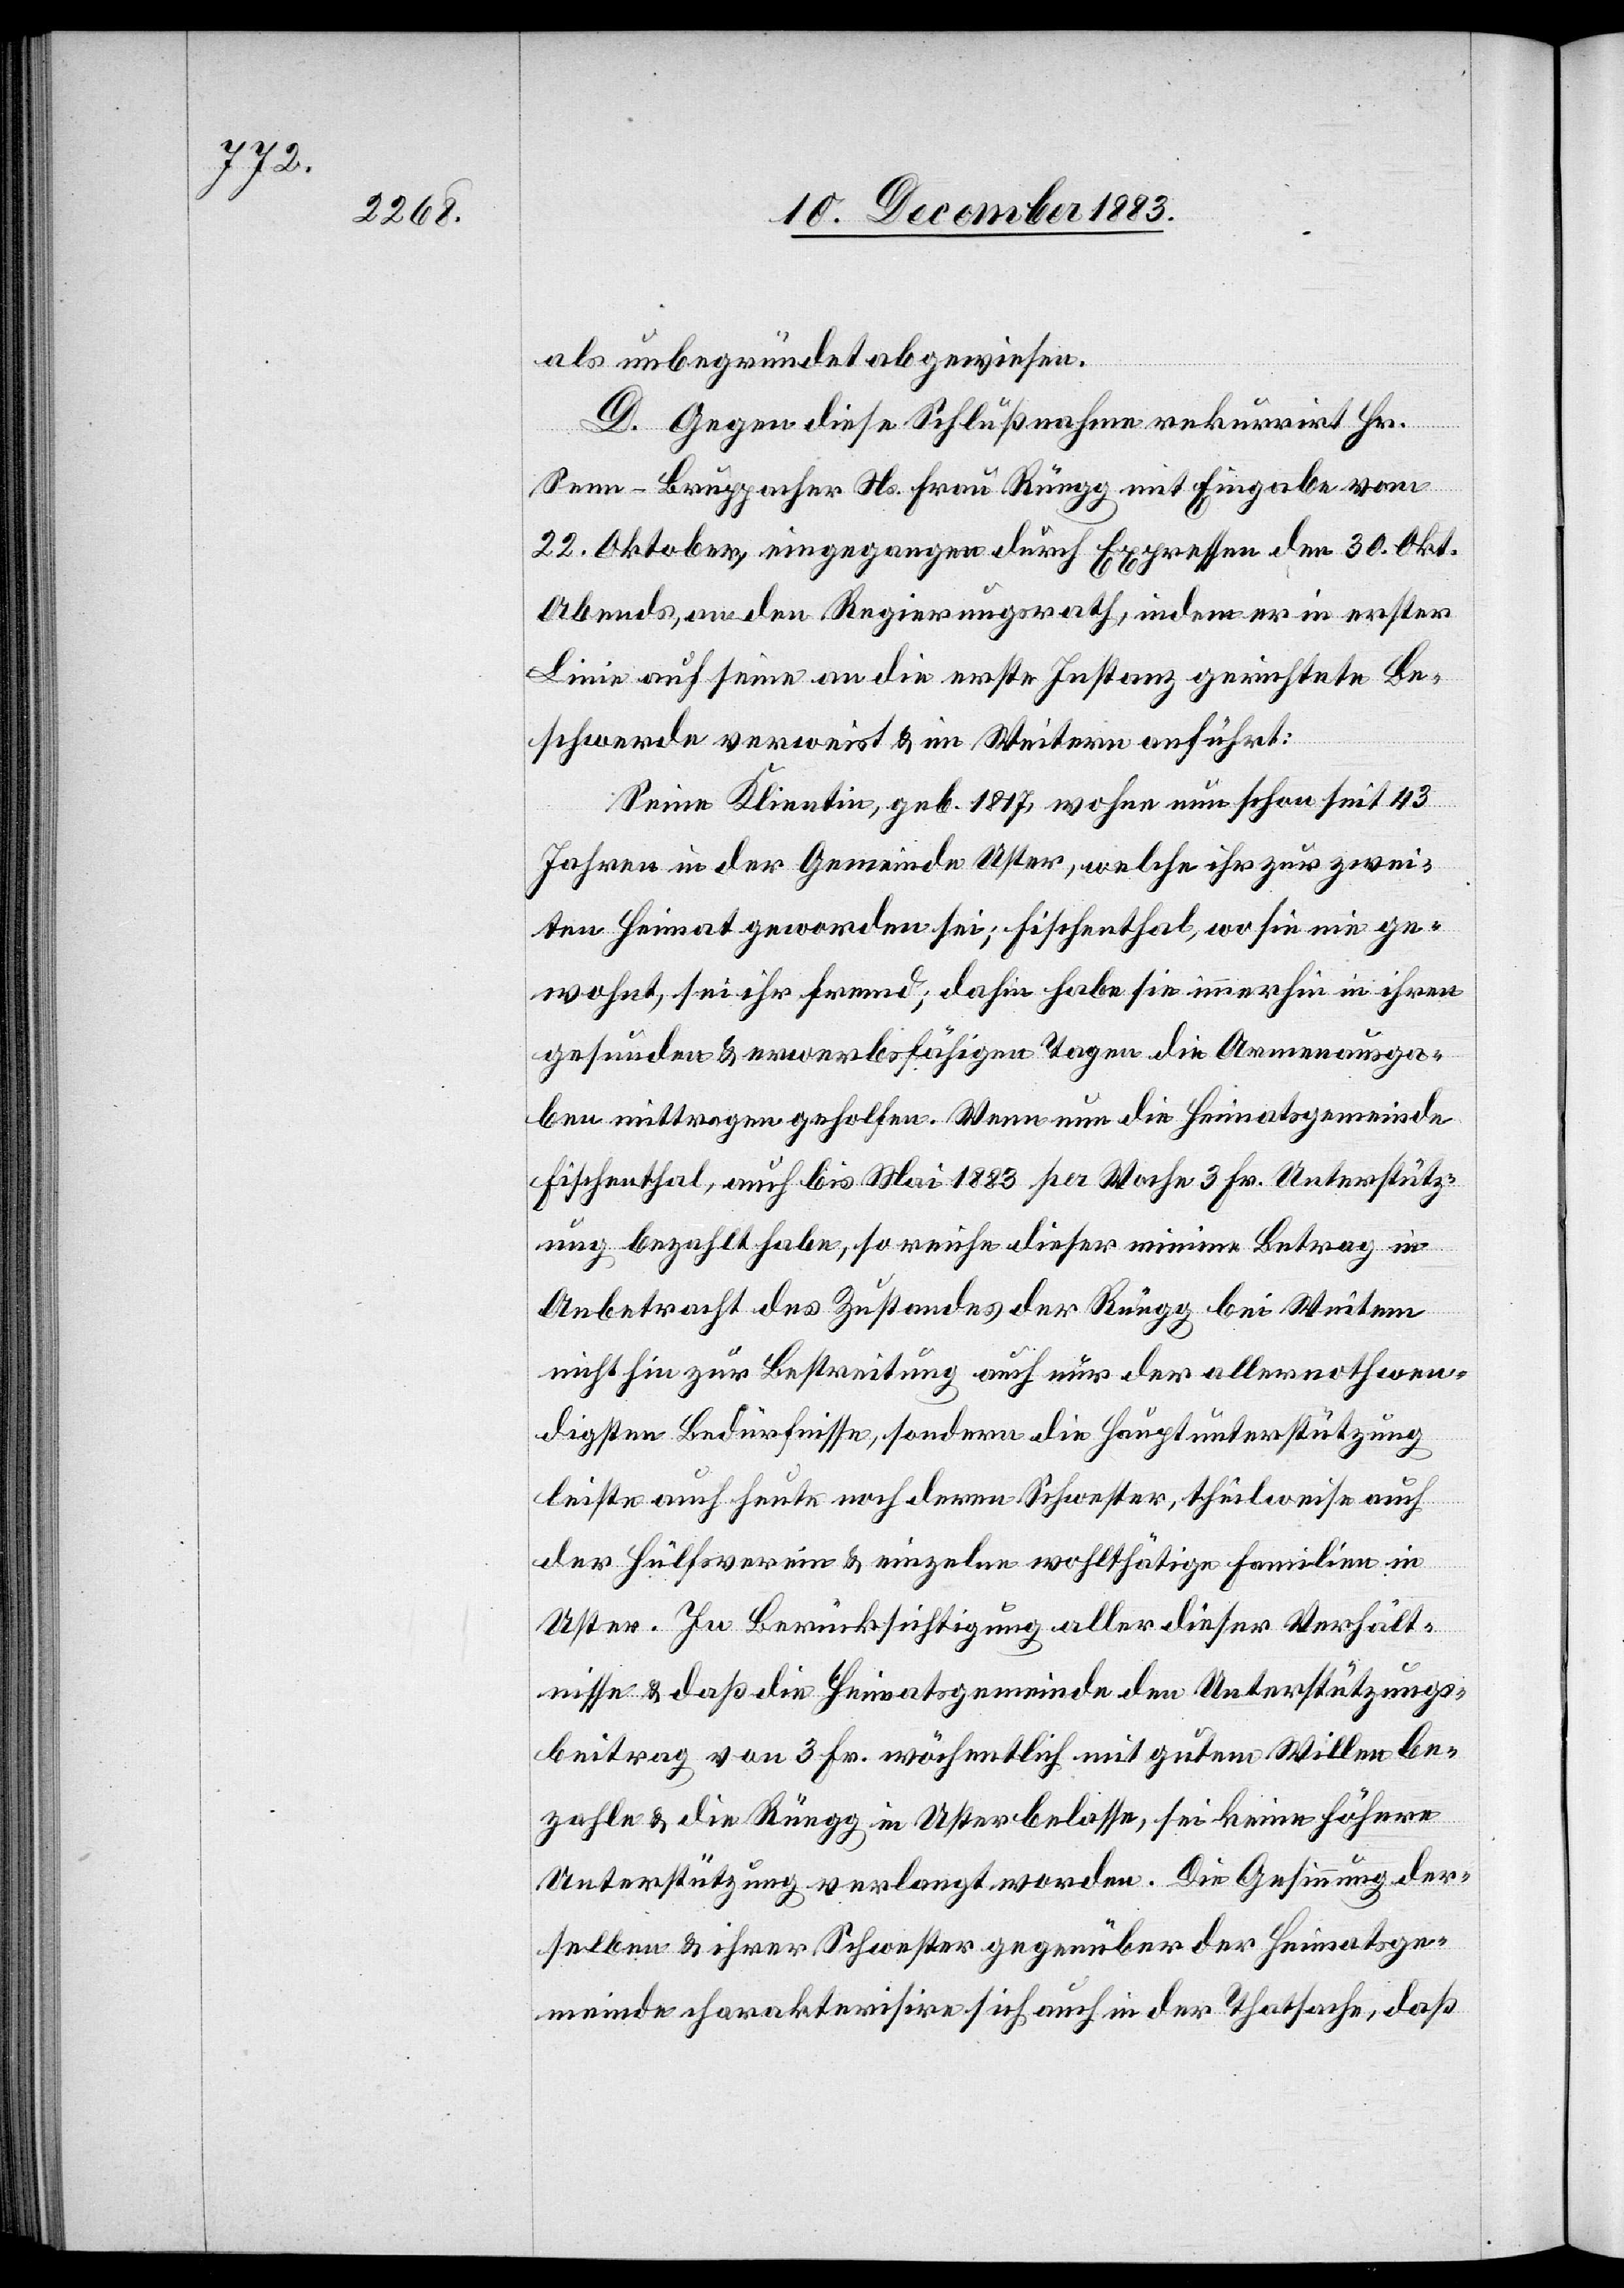
als unbegründet abgewiesen.
D. Gegen diese Schlußnahme rekurrirt Hr.
Senn-Bruppacher Ns. Frau Rüegg mit Eingabe vom
22. Oktober, eingegangen durch Expressen den 30. Okt.
Abends, an den Regierungsrath, indem er in erster
Linie auf seine an die erste Instanz gerichtete Be¬
schwerde verweist & im Weitern anführt:
Seine Klientin, geb. 1817, wohne nun schon seit 43
Jahren in der Gemeinde Uster, welche ihr zur zwei¬
ten Heimat geworden sei; Fischenthal, wo sie nie ge¬
wohnt, sei ihr fremd; dahin habe sie immerhin in ihren
gesunden & erwerbsfähigen Tagen die Armenausga¬
ben mittragen geholfen. Wenn nun die Heimatsgemeinde
Fischenthal, auch bis Mai 1883 per Woche 3 Fr. Unterstütz¬
ung bezahlt habe, so reiche dieser minime Betrag in
Anbetracht des Zustandes der Rüegg bei Weitem
nicht hin zur Bestreitung auch nur der allernothwen¬
digsten Bedürfnisse, sondern die Hauptunterstützung
leiste auch heute noch deren Schwester, theilweise auch
der Hülfsverein & einzelne wohlthätige Familien in
Uster. In Berücksichtigung aller dieser Verhält¬
nisse & daß die Heimatsgemeinde den Unterstützungs¬
beitrag von 3 Fr. wöchentlich mit gutem Willen be¬
zahle & die Rüegg in Uster belasse, sei keine höhere
Unterstützung verlangt worden. Die Gesinnung der¬
selben & ihrer Schwester gegenüber der Heimatsge¬
meinde charakterisire sich auch in der Thatsache, daß